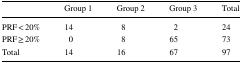
|  | Group 1 | Group 2 | Group 3 | Total |
 | --- | --- | --- | --- | --- |
 | PRF < 20% | 14 | 8 | 2 | 24 |
 | PRF ≥ 20% | 0 | 8 | 65 | 73 |
 | Total | 14 | 16 | 67 | 97 |